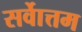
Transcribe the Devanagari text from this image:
सर्वाेत्तम